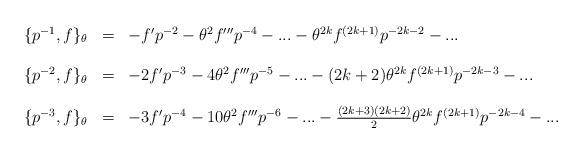
LaTeX: \begin{align*}\begin{array}{lcl}\{p^{-1}, f\}_{\theta} &=&-f'p^{-2}-{\theta}^{2}f'''p^{-4}-...- {\theta}^{2k}f^{(2k+1)}p^{-2k-2}-...\\\\\{p^{-2}, f\}_{\theta} &=&-2f'p^{-3}-4{\theta}^{2}f'''p^{-5}-...- (2k+2){\theta}^{2k}f^{(2k+1)}p^{-2k-3}-...\\\\\{p^{-3}, f\}_{\theta} &=&-3f'p^{-4}-10{\theta}^{2}f'''p^{-6}-...- \frac{(2k+3)(2k+2)}{2}{\theta}^{2k}f^{(2k+1)}p^{-2k-4}-...\end{array}\end{align*}